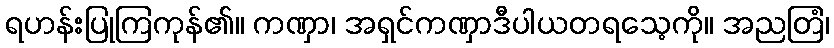
ရဟန်းပြုကြကုန်၏။ ကဏှာ၊ အရှင်ကဏှာဒီပါယတရသေ့ကို။ အညတြံ၊